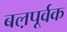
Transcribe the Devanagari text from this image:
बल़पूर्वक